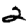
Digit: 2